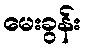
မေးခွန်း